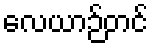
လေယာဉ်တင်